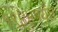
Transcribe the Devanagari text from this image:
१९४४पर्यंत